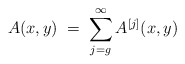
\begin{align*}A(x,y) \;=\; \sum_{j=g}^{\infty} A^{[j]}(x,y) \end{align*}